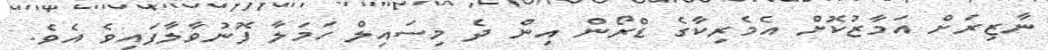
ނާޒިރަށް އަމާޒުކޮށް އެމެރިކާގެ ޑްރޯން އިން ދެ މިސައިލް ހަމަލާ ފޮނުވާލާފައިވެ އެވެ.